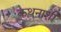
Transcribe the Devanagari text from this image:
कथनाशी